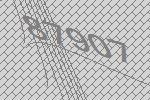
87907